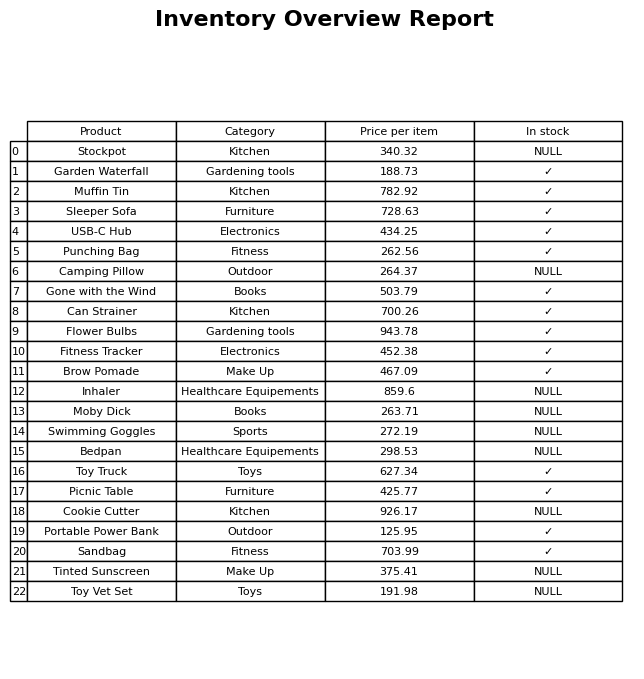
question: What is the stock status of the Picnic Table?
answer: ✓